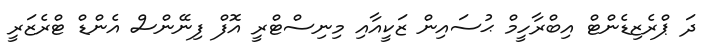
ދަ ޕްރެޒިޑެންޓް އިބްރާހީމް ޙުސައިން ޒަކީއާއި މިނިސްޓްރީ އޮފް ފިނޭންސް އެންޑް ޓްރެޒަރީ